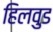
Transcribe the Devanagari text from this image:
हिलवुड